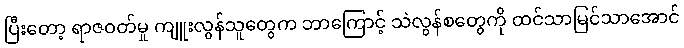
ပြီးတော့ ရာဇဝတ်မှု ကျူးလွန်သူတွေက ဘာကြောင့် သဲလွန်စတွေကို ထင်သာမြင်သာအောင်